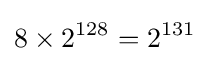
8\times 2^{128}=2^{131}